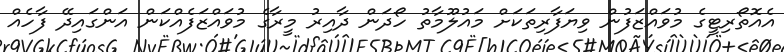
އެއޮތޯރިޓީގެ މުވައްޒަފުން ވިޔަފާރިތަކަށް މައުލޫމާތު ހޯދަން ދާއިރު މީރާގެ މުވައްޒަފެއްކަން އަންގައިދޭ ފާހެއް